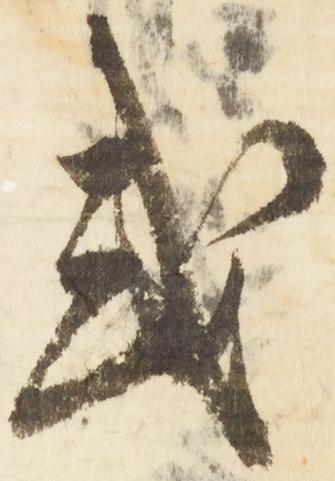
或